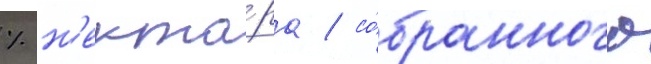
% н'екта́ра / со́бранного